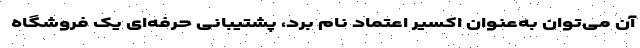
آن می‌توان به‌عنوان اکسیر اعتماد نام برد، پشتیبانی حرفه‌ای یک فروشگاه